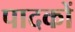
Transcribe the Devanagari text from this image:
पादकों